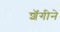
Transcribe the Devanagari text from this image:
शॅगीने